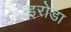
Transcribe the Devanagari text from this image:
इरोडा